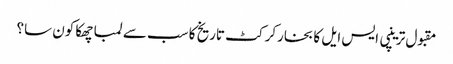
مقبول ترینپی ایس ایل کا بخارکرکٹ تاریخ کا سب سے لمبا چھکا کون سا؟